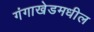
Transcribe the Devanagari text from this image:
गंगाखेडमधील